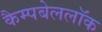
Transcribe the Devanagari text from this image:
कैम्पबेललॉक